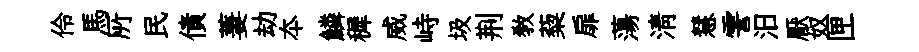
伶馬𠩄民債萋劫夲鱗穉威峙圾荆教蔾扉蕩淸慧霅汨厭奴匣